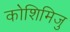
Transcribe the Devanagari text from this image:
कोशिमिजु